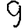
Digit: 9